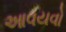
આવયવો